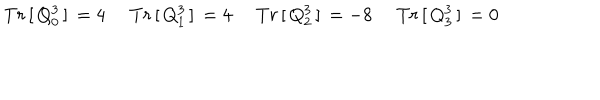
LaTeX: \left. \begin{array} { l l l l } { { T r \, [ \, Q _ { 0 } ^ { 3 } \, ] \, = 4 \, } } & { { \, T r \, [ \, Q _ { 1 } ^ { 3 } \, ] \, = 4 \, } } & { { \, T r \, [ \, Q _ { 2 } ^ { 3 } \, ] \, = - 8 \, } } & { { \, T r \, [ \, Q _ { 3 } ^ { 3 } \, ] \, = 0 } } \\ \end{array} \right.